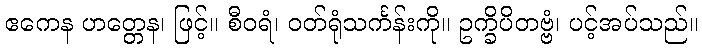
ဧကေန ဟတ္တေန၊ ဖြင့်။ စီဝရံ၊ ဝတ်ရုံသင်္ကန်းကို။ ဥက္ခိပိတဗ္ဗံ၊ ပင့်အပ်သည်။